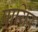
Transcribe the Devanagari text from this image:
पायिर